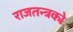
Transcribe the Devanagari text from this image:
राजतन्त्रको